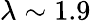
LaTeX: \lambda\sim 1.9